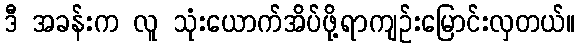
ဒီ အခန်းက လူ သုံးယောက်အိပ်ဖို့ရာကျဉ်းမြောင်းလှတယ်။